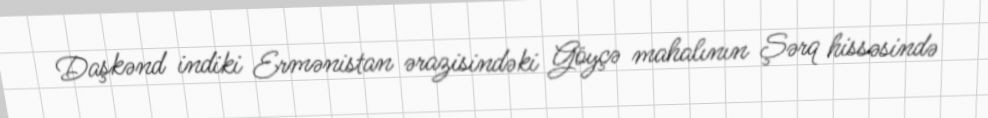
Daşkənd indiki Ermənistan ərazisindəki Göyçə mahalının Şərq hissəsində